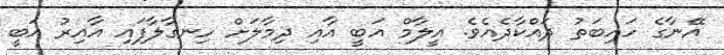
އޭނާގެ ހައިބަތު ދައްކާދެއެވެ. އީލާމް އަބީ އާއި ދިމާލަށް ހިނގާލާފައި އާއިރު އަބީ